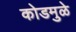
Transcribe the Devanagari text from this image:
कोडमुळे